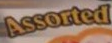
Assorted